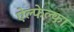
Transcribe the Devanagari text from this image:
ऐल्फेल्फा